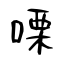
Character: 㗚